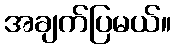
အချက်ပြမယ်။